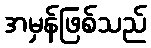
အမှန်ဖြစ်သည်